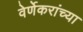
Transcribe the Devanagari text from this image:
वेर्णेकरांच्या